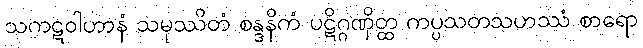
သကဋဝါဟာနံ သမုဿိတံ စန္ဒနိကံ ပဋိဂ္ဂဏှိတ္ထ ကပ္ပသတသဟဿံ စာရော